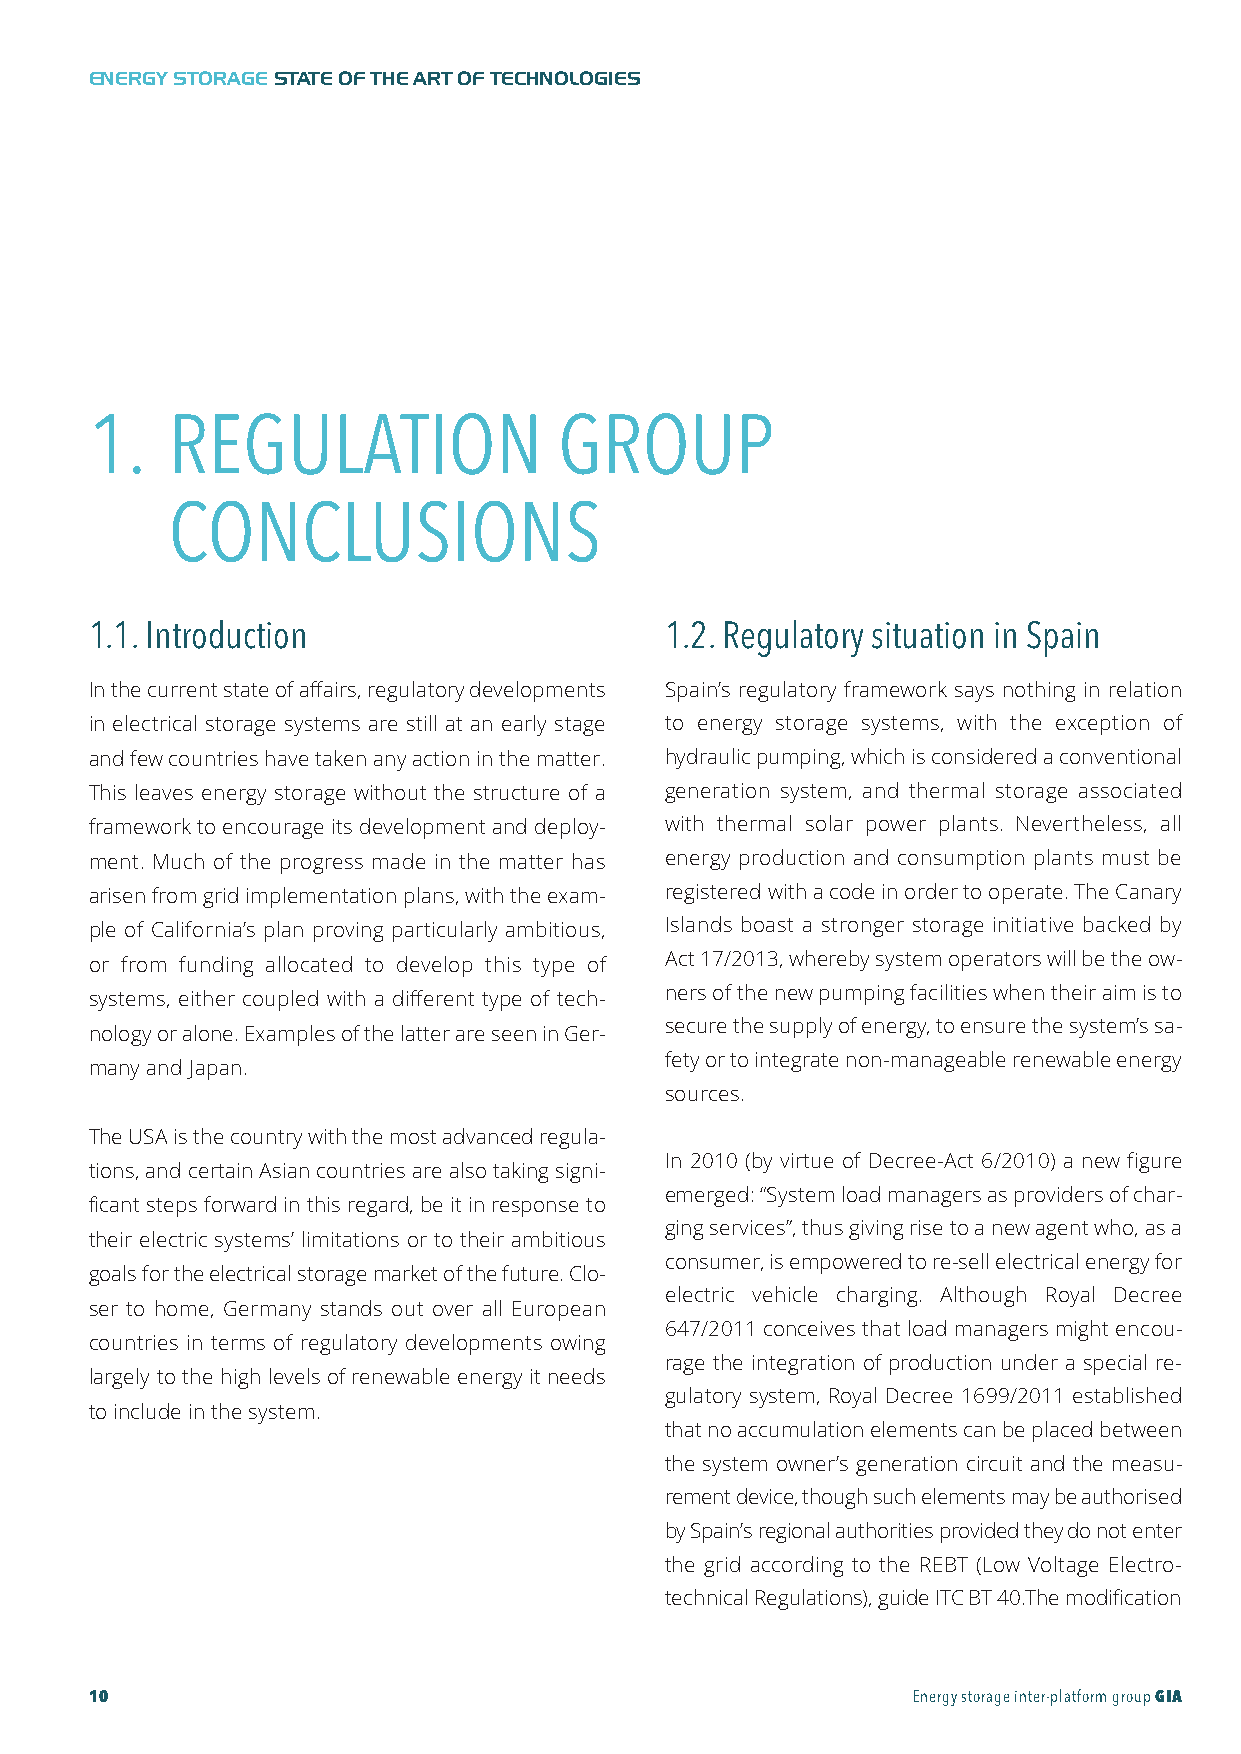
GIA-Maqueta-ENG 18/11/2015 10:05 Página 10
 ENERGY STORAGESTATE OF THE ART OF TECHNOLOGIES
 1.   REGULATION                GROUP
 CONCLUSIONS
 1.1. Introduction                     1.2. Regulatory situation in Spain
 In the current state of affairs, regulatory developments Spain’s regulatory framework says nothing in relation
 in electrical storage systems are still at an early stage to energy storage systems, with the exception of
 and few countries have taken any action in the matter. hydraulic pumping, which is considered a conventional
 This leaves energy storage without the structure of a generation system, and thermal storage associated
 framework to encourage its development and deploy- with thermal solar power plants. Nevertheless, all
 ment. Much of the progress made in the matter has energy production and consumption plants must be
 arisen from grid implementation plans, with the exam- registered with a code in order to operate. The Canary
 ple of California’s plan proving particularly ambitious, Islands boast a stronger storage initiative backed by
 or from funding allocated to develop this type of Act 17/2013, whereby system operators will be the ow-
 ners of the new pumping facilities when their aim is to
 systems, either coupled with a different type of tech-
 secure the supply of energy, to ensure the system’s sa-
 nology or alone. Examples of the latter are seen in Ger-
 fety or to integrate non-manageable renewable energy
 many and Japan.
 sources.
 The USA is the country with the most advanced regula-
 In 2010 (by virtue of Decree-Act 6/2010) a new figure
 tions, and certain Asian countries are also taking signi-
 emerged: “System load managers as providers of char-
 ficant steps forward in this regard, be it in response to
 ging services”, thus giving rise to a new agent who, as a
 their electric systems’ limitations or to their ambitious
 consumer, is empowered to re-sell electrical energy for
 goals for the electrical storage market of the future. Clo-
 electric vehicle charging. Although Royal Decree
 ser to home, Germany stands out over all European
 647/2011 conceives that load managers might encou-
 countries in terms of regulatory developments owing
 rage the integration of production under a special re-
 largely to the high levels of renewable energy it needs
 gulatory system, Royal Decree 1699/2011 established
 to include in the system.
 that no accumulation elements can be placed between
 the system owner’s generation circuit and the measu-
 rement device, though such elements may be authorised
 by Spain’s regional authorities provided they do not enter
 the grid according to the REBT (Low Voltage Electro-
 technical Regulations), guide ITC BT 40.The modification
 10                                                    Energy storage inter-platform groupGIA